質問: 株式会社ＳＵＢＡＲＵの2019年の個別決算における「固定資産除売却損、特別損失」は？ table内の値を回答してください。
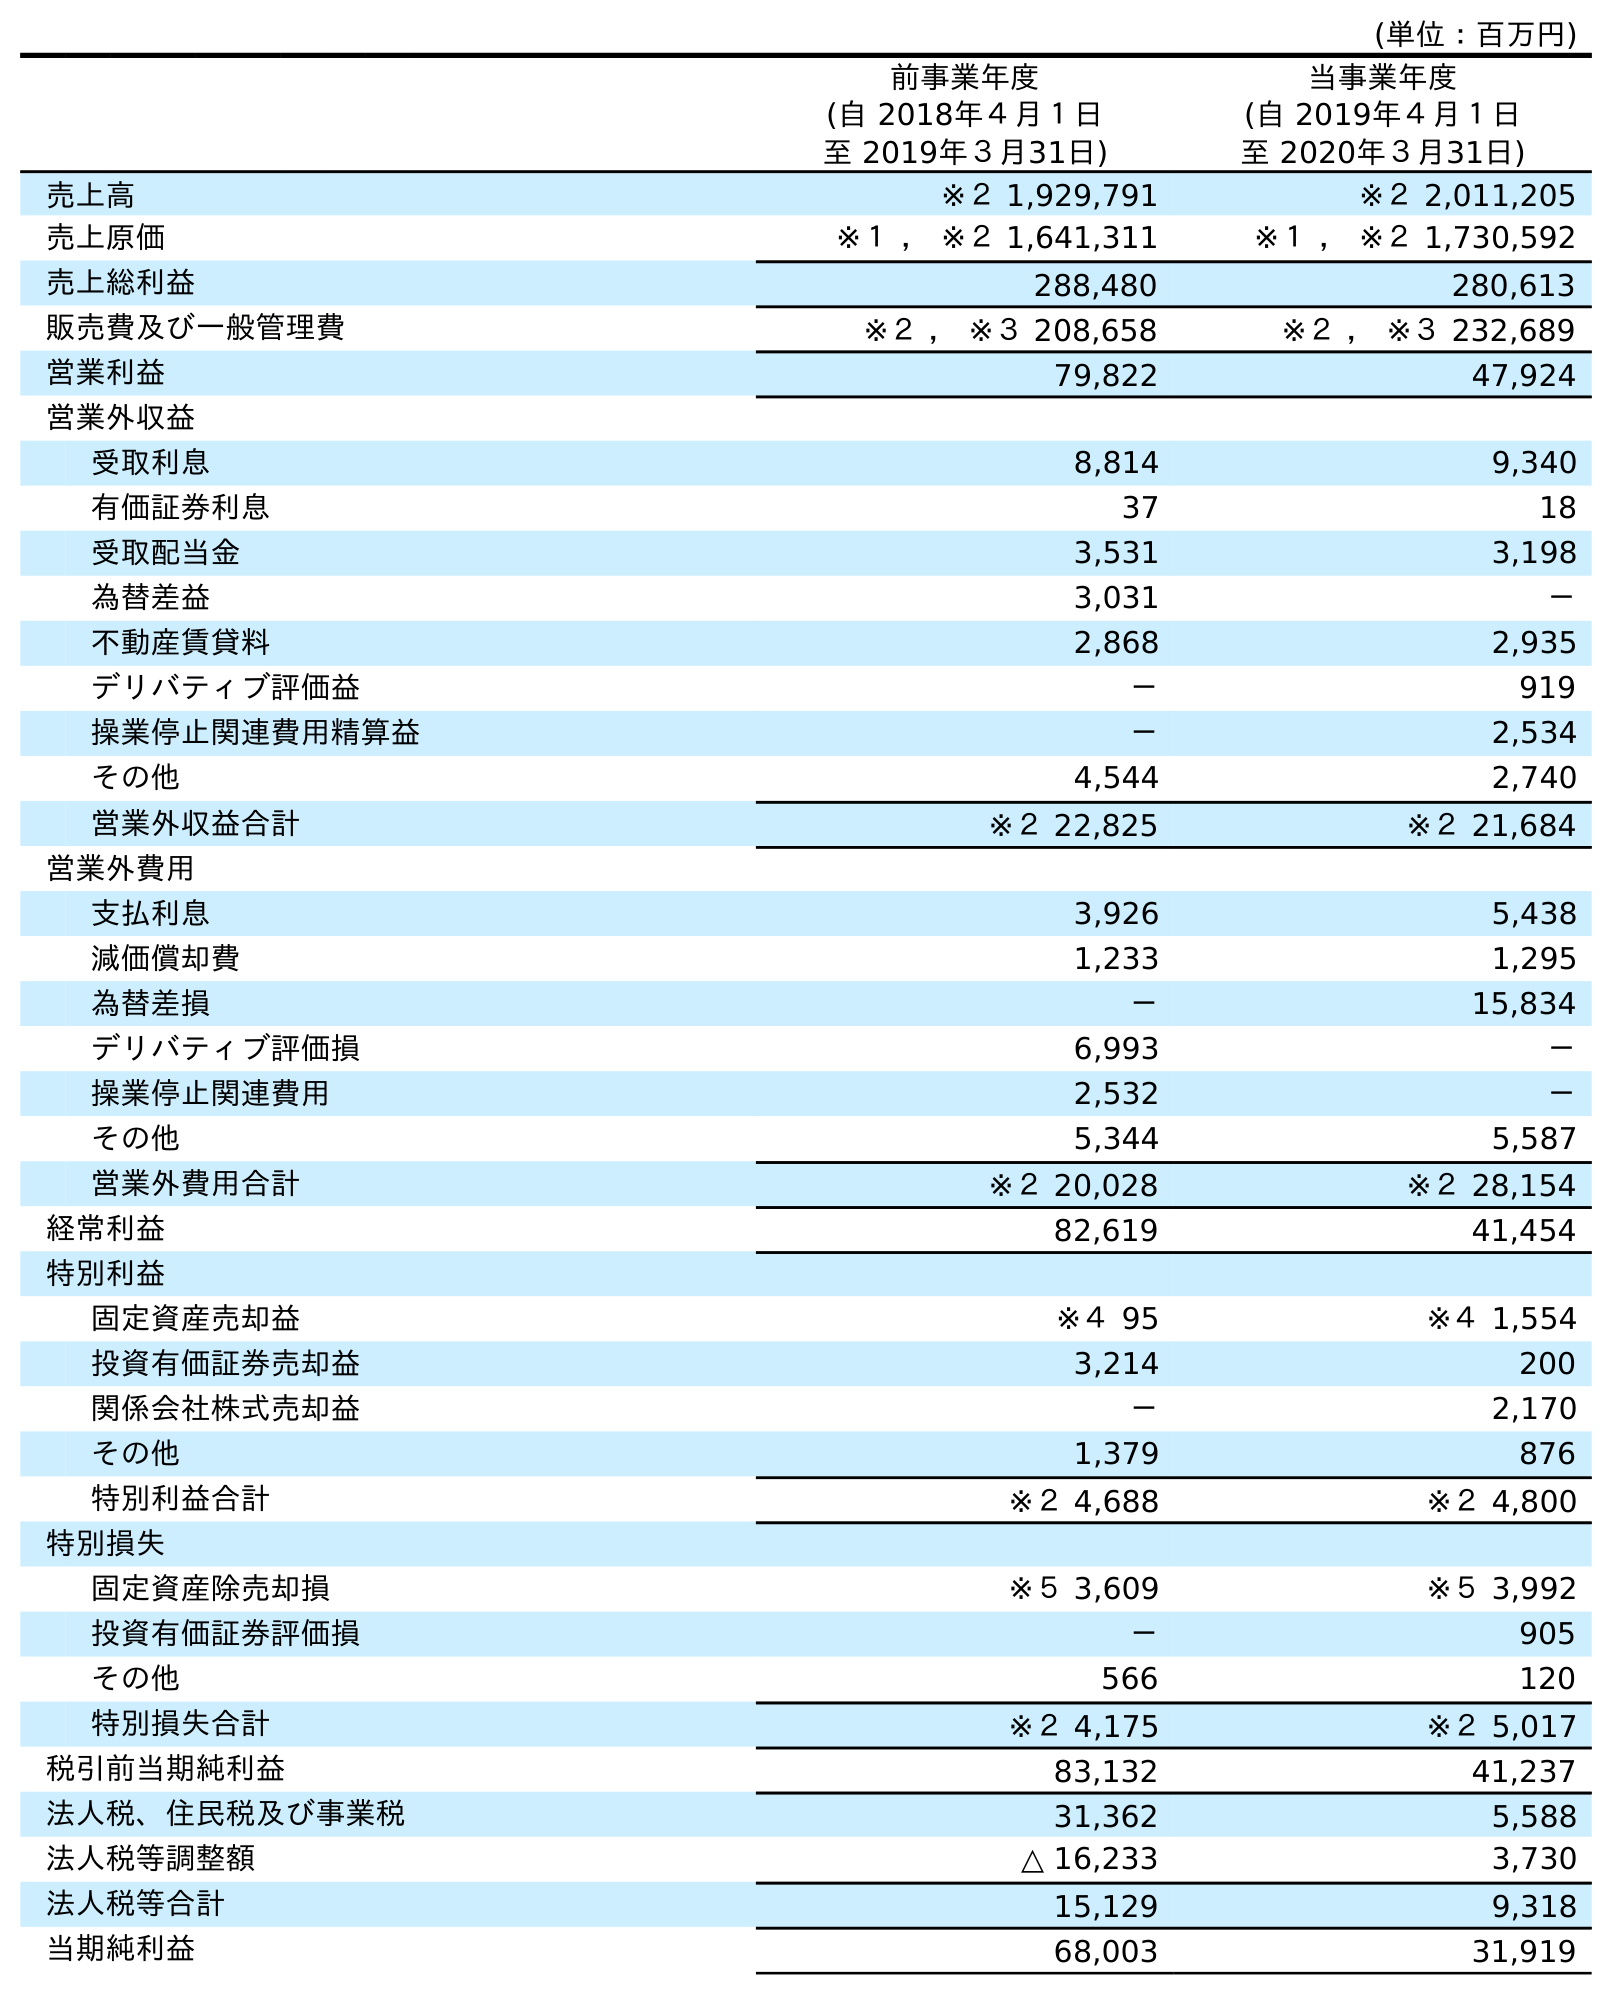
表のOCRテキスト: (単位：百万円) 前事業年度 (自 2018年４月１日 至 2019年３月31日) 当事業年度 (自 2019年４月１日 至 2020年３月31日) 売上高 ※２ 1,929,791 ※２ 2,011,205 売上原価 ※１ ， ※２ 1,641,311 ※１ ， ※２ 1,730,592 売上総利益 288,480 280,613 販売費及び一般管理費 ※２ ， ※３ 208,658 ※２ ， ※３ 232,689 営業利益 79,822 47,924 営業外収益 受取利息 8,814 9,340 有価証券利息 37 18 受取配当金 3,531 3,198 為替差益 3,031 － 不動産賃貸料 2,868 2,935 デリバティブ評価益 － 919 操業停止関連費用精算益 － 2,534 その他 4,544 2,740 営業外収益合計 ※２ 22,825 ※２ 21,684 営業外費用 支払利息 3,926 5,438 減価償却費 1,233 1,295 為替差損 － 15,834 デリバティブ評価損 6,993 － 操業停止関連費用 2,532 － その他 5,344 5,587 営業外費用合計 ※２ 20,028 ※２ 28,154 経常利益 82,619 41,454 特別利益 固定資産売却益 ※４ 95 ※４ 1,554 投資有価証券売却益 3,214 200 関係会社株式売却益 － 2,170 その他 1,379 876 特別利益合計 ※２ 4,688 ※２ 4,800 特別損失 固定資産除売却損 ※５ 3,609 ※５ 3,992 投資有価証券評価損 － 905 その他 566 120 特別損失合計 ※２ 4,175 ※２ 5,017 税引前当期純利益 83,132 41,237 法人税、住民税及び事業税 31,362 5,588 法人税等調整額 △ 16,233 3,730 法人税等合計 15,129 9,318 当期純利益 68,003 31,919
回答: ※５3,609